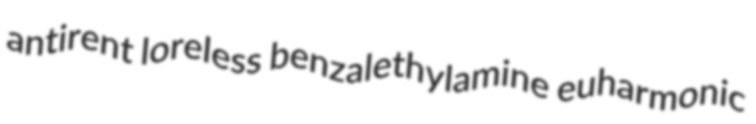
antirent loreless benzalethylamine euharmonic